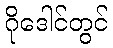
ဂိုဒေါင်တွင်